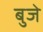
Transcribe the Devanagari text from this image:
बुजे